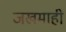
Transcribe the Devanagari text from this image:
जखमाही